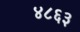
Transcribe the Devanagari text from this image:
४८६३